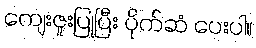
ကျေးဇူးပြုပြီး ပိုက်ဆံ ပေးပါ။